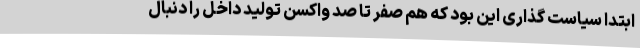
ابتدا سیاست گذاری این بود که هم صفر تا صد واکسن تولید داخل را دنبال